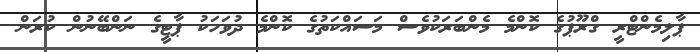
ޕާލިމެންޓްރީ ގްރޫޕުގެ ކޮންމެ މެންބަރަކުވެސް މަސައްކަތުގެ ކޮންމެ ދުވަހަކު ޕާޓީގެ ނަންބޭނުން ކުރަން